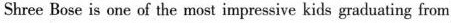
B Shree Bose is one of the most impressive kids graduating from